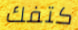
كتفك